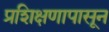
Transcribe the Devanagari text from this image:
प्रशिक्षणापासून